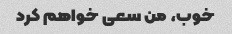
خوب، من سعی خواهم کرد